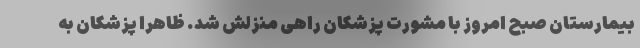
بیمارستان صبح امروز با مشورت پزشکان راهی منزلش شد. ظاهرا پزشکان به